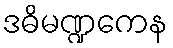
ဒဓိမဏ္ဍကေန